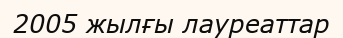
2005 жылғы лауреаттар